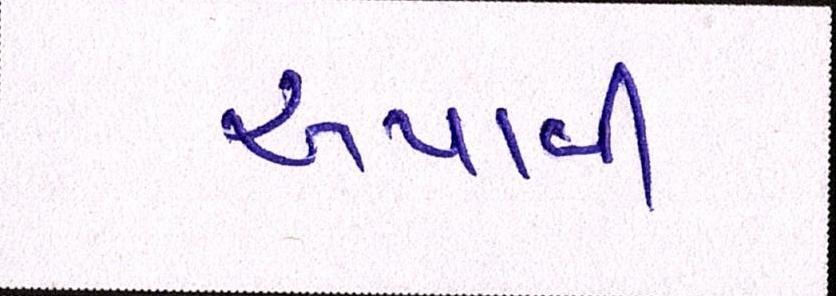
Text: અપાવી